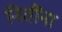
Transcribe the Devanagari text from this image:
नितींना